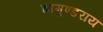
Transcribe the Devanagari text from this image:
चामुण्डराय